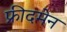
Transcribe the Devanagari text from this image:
फ्रीदमेन